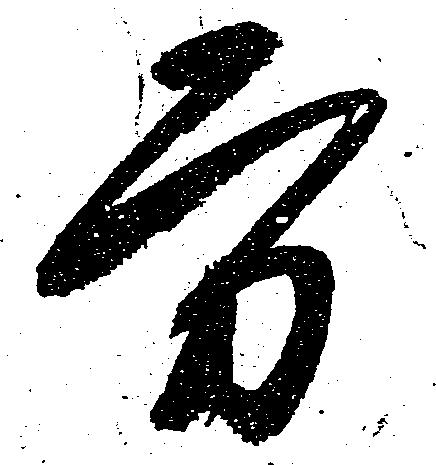
方